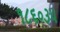
૧૮૬૦૩૫